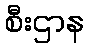
စီးဌာန